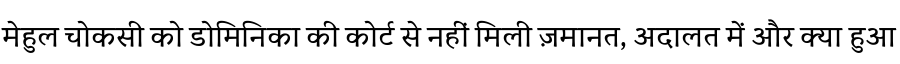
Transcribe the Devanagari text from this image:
मेहुल चोकसी को डोमिनिका की कोर्ट से नहीं मिली ज़मानत, अदालत में और क्या हुआ